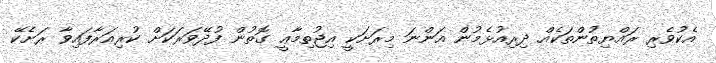
އެކުވެރި ރައްޔިތުންތަކެއް ދިރިއުޅެމުން އަންނަ މިރަށަކީ އިޖުތިމާޢީ ގޮތުން ފުދޭވަރަކަށް ކުރިއަރާފައިވާ ރަށެކޭ